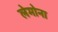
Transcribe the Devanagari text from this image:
लेमोना